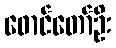
ဖောင်တော်ဦး